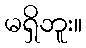
မရှိဘူး။